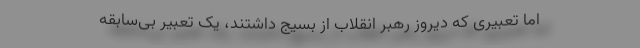
اما تعبیری که دیروز رهبر انقلاب از بسیج داشتند، یک تعبیر بی‌سابقه